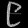
Digit: ၉